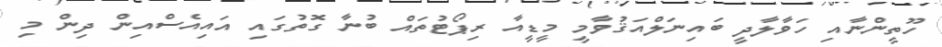
ހޫތީންނާއި ހަވާލާދީ ބައިނަލްއަޤުވާމީ މީޑީއާ ރިޕޯޓުތައް ބުނާ ގޮތުގައި އައިއެސްއިން ދިން މި